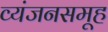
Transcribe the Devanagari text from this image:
व्यंजनसमूह